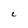
Character: C